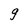
Character: g